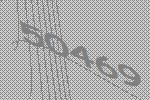
50469